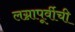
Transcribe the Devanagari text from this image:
लग्नापूर्वीची